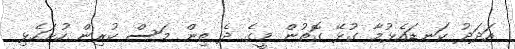
އަދަދު ކަނޑައެޅުމާ ގުޅޭ ގޮތުން މީގެ ދެ ތިން މަސް ކުރިން ހުށަހެޅި